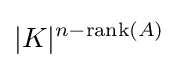
|K|^{n-\mathrm {rank} (A)}